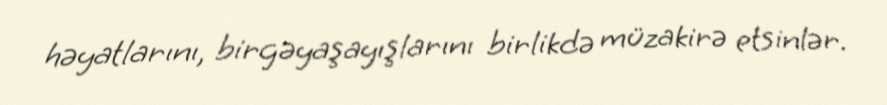
həyatlarını, birgəyaşayışlarını birlikdə müzakirə etsinlər.